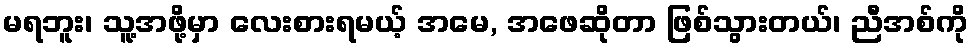
မရဘူး၊ သူ့အဖို့မှာ လေးစားရမယ့် အမေ, အဖေဆိုတာ ဖြစ်သွားတယ်၊ ညီအစ်ကို